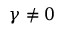
\gamma \neq 0